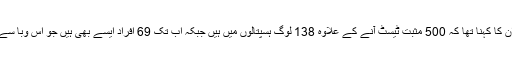
متاثرین کے حوالے سے ان کا کہنا تھا کہ 500 مثبت ٹیسٹ آنے کے علاوہ 138 لوگ ہسپتالوں میں ہیں جبکہ اب تک 69 افراد ایسے بھی ہیں جو اس وبا سے صحت یاب ہوچکے ہیں۔